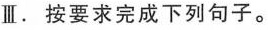
Ⅲ.按要求完成下列句子。